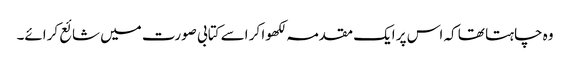
وہ چاہتا تھا کہ اس پر ایک مقدمہ لکھوا کر اسے کتابی صورت میں شائع کرائے۔